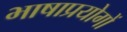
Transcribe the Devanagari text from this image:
भाषाप्रयोगों